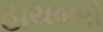
હાયબરી